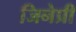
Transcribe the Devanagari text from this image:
जिनेप्री